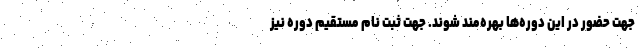
جهت حضور در این دوره‌ها بهره‌مند شوند. جهت ثبت نام مستقیم دوره نیز